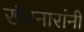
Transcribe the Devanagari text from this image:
खैरनारांनी